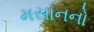
મસાનનો